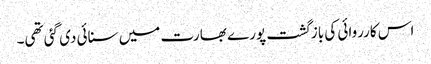
اس کارروائی کی بازگشت پورے بھارت میں سنائی دی گئی تھی۔